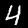
Label: 4